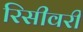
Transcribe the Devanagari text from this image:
रिसीवरी